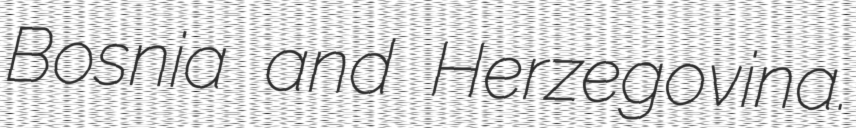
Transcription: Bosnia and Herzegovina.